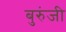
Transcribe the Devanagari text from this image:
बुरुंजी